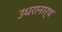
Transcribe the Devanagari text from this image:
उधरानार्थ